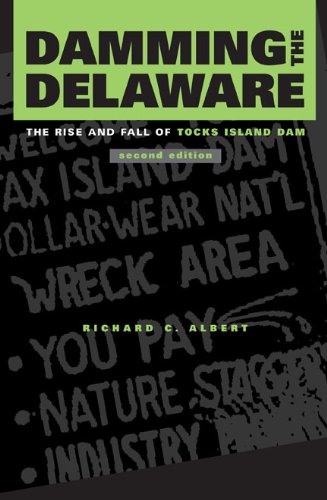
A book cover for Damming the Delaware: The Rise and Fall of Tocks Island Dam; Richard C. Albert; Science & Math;